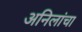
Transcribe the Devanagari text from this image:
अनिलांचा